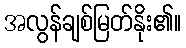
အလွန်ချစ်မြတ်နိုး၏။